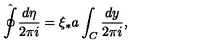
\hat { \oint } \frac { d \eta } { 2 \pi i } = \xi _ { * } a \int _ { C } \frac { d y } { 2 \pi i } ,